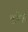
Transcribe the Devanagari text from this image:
बूयेई